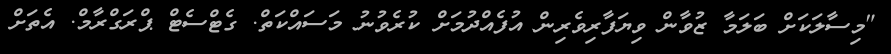
"މިސާލަކަށް ބަލަމާ ޒުވާން ވިޔަފާރިވެރިން އުފެއްދުމަށް ކުރެވުނު މަސައްކަތް. ގެޓްސެޓް ޕްރަގްރާމް. އެތަށް